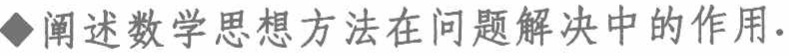
阐述数学思想方法在问题解决中的作用.